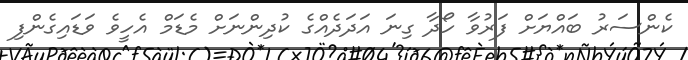
ކެންސަރު ބައްޔަށް ފަރުވާ ހޯދާ ގިނަ އަދަދެއްގެ ކުދިންނަށް މެޑަމް އެހީވެ ވަޑައިގެންފި